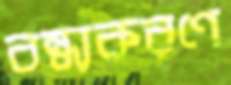
বন্ধ্যকরণে